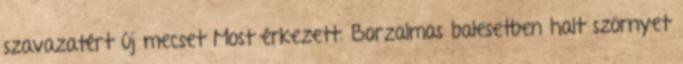
szavazatért új mecset Most érkezett: Borzalmas balesetben halt szörnyet